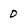
Character: o